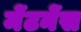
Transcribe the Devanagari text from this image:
मेंटनेंस